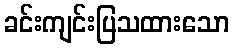
ခင်းကျင်းပြသထားသော